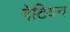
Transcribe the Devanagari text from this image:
गेटियन